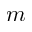
m